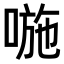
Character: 𠷇